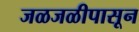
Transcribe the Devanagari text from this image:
जळजळीपासून